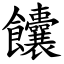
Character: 饢